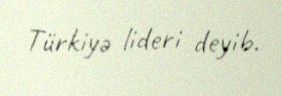
Türkiyə lideri deyib.